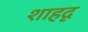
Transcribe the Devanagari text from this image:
शाहदृ